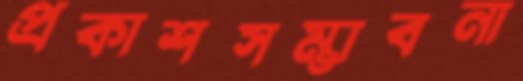
প্রকাশসম্ভাবনা